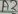
Text: A2